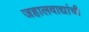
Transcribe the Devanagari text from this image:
जहालवाद्यांची